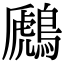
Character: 鷉